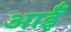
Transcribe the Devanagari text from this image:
आईँ